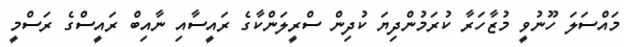
މައްސަލަ ހޫނުވީ މުޒާހަރާ ކުރަމުންދިޔަ ކުދިން ސްރީލަންކާގެ ރައީސާއި ނާއިބް ރައީސްގެ ރަސްމީ